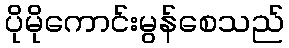
ပိုမိုကောင်းမွန်စေသည်